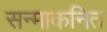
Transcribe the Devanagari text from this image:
सन्माकनित